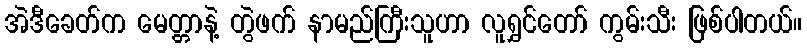
အဲဒီခေတ်က မေတ္တာနဲ့ တွဲဖက် နာမည်ကြီးသူဟာ လူရွှင်တော် ကွမ်းသီး ဖြစ်ပါတယ်။